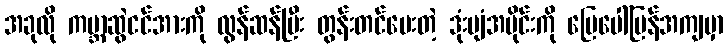
အခုလို ကမ္ဘာ့ဆွဲငင်အားကို လွန်ဆန်ပြီး တွန်းတင်ပေးတဲ့ ဒုံးပျံအပိုင်းကို မြေပေါ်ပြန်အကျမှာ